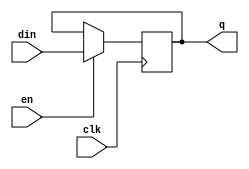
// 4109061012
module FF3(q, din, clk, en);
    output q;
    input din, clk, en;
    reg q = 1'b0;  // variable type declaration plus initial value setting
    always @(negedge clk) begin
        if(en)
            q <= din;
        else
            q <= q;
    end
endmodule